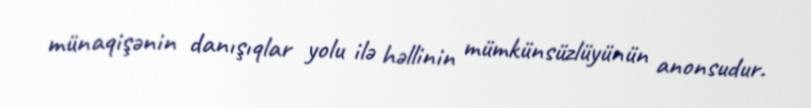
münaqişənin danışıqlar yolu ilə həllinin mümkünsüzlüyünün anonsudur.